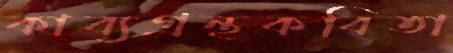
কাব্যগ্রন্থকবিতা